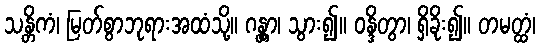
သန္တိကံ၊ မြတ်စွာဘုရားအထံသို့။ ဂန္တွာ၊ သွား၍။ ဝန္ဒိတွာ၊ ရှိခိုး၍။ တမတ္ထံ၊